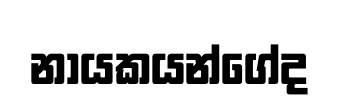
නායකයන්ගේද